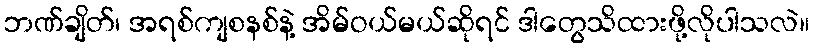
ဘဏ်ချိတ်၊ အရစ်ကျစနစ်နဲ့ အိမ်ဝယ်မယ်ဆိုရင် ဒါတွေသိထားဖို့လိုပါသလဲ။